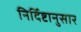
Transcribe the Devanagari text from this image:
निर्दिष्टानुसार